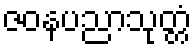
ဇဝနပညာသုတ္တံ